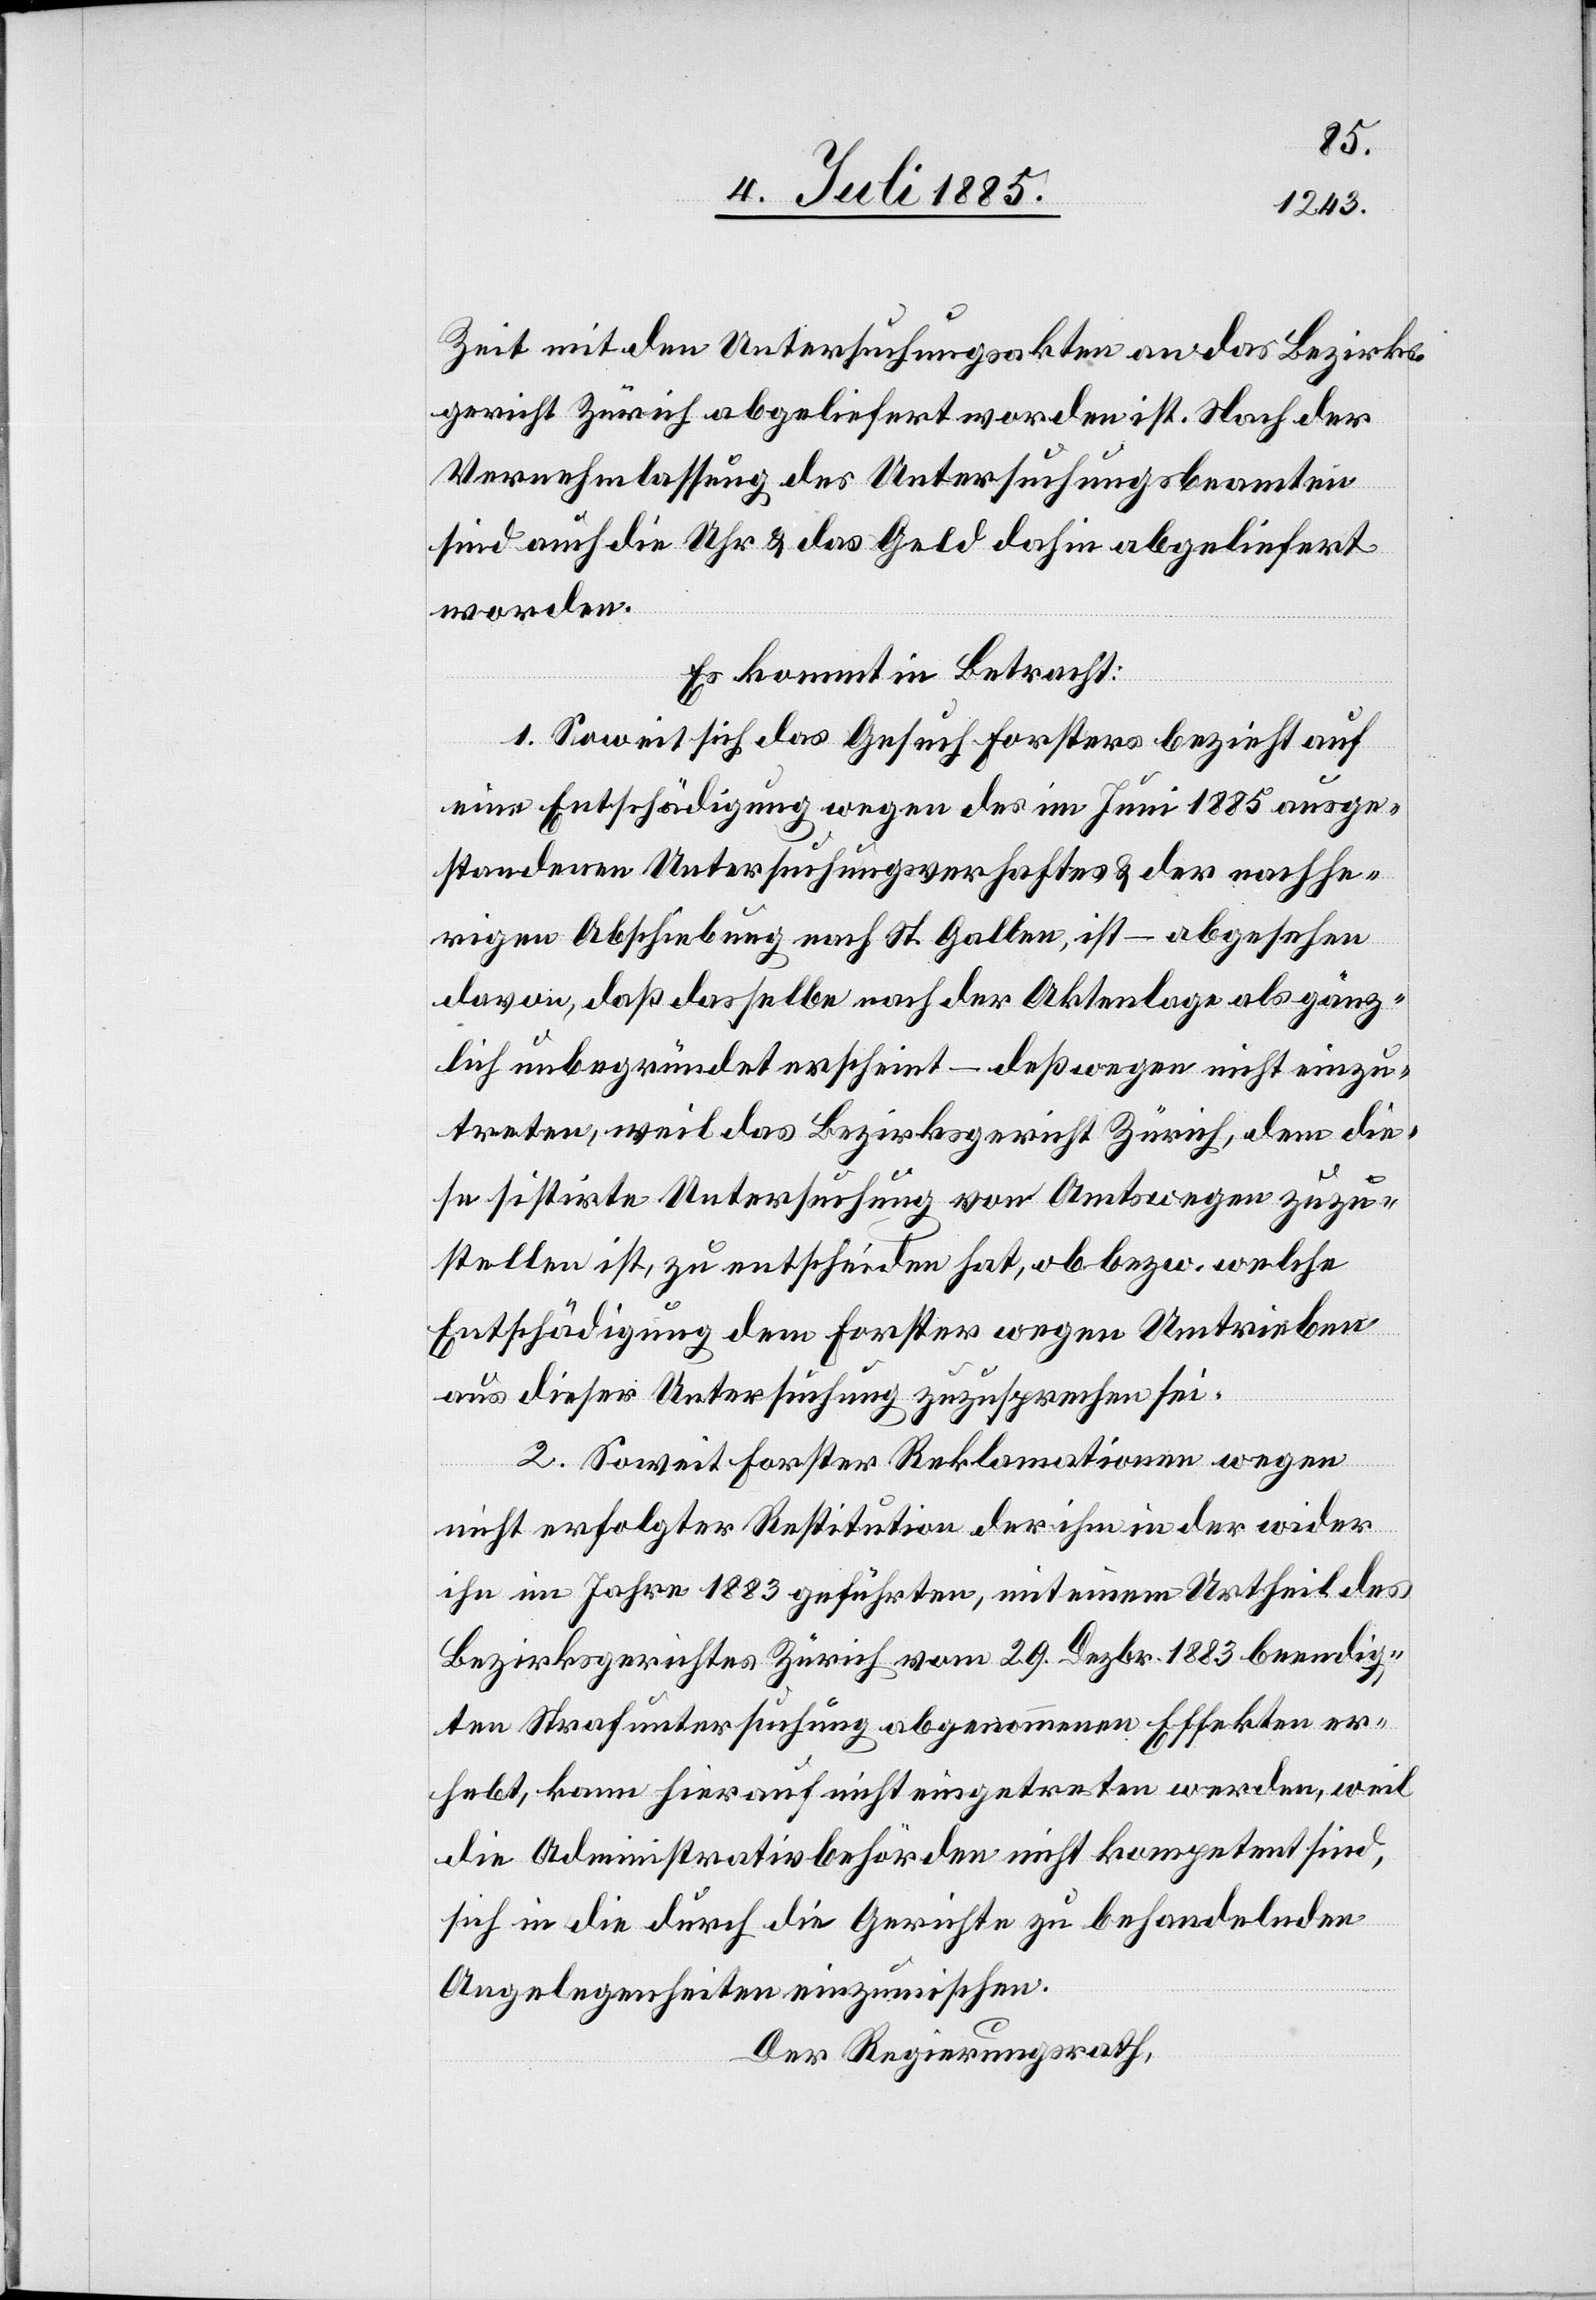
Zeit mit den Untersuchungsakten an das Bezirks¬
gericht Zürich abgeliefert worden ist. Nach der
Vernehmlassung des Untersuchungsbeamten
sind auch die Uhr & das Geld dahin abgeliefert
worden.
Es kommt in Betracht:
1. Soweit sich das Gesuch Forsters bezieht auf
eine Entschädigung wegen des im Juni 1885 ausge¬
standenen Untersuchungsverhaftes & der nachhe¬
rigen Abschiebung nach St. Gallen, ist – abgesehen
davon, daß dasselbe nach der Aktenlage als gänz¬
lich unbegründet erscheint – deßwegen nicht einzu¬
treten, weil das Bezirksgericht Zürich, dem die¬
se sistirte Untersuchung von Amtswegen zuzu¬
stellen ist, zu entscheiden hat, ob bezw. welche
Entschädigung dem Forster wegen Umtrieben
aus dieser Untersuchung zuzusprechen sei.
2. Soweit Forster Reklamationen wegen
nicht erfolgter Restitution der ihm in der wider
ihn im Jahre 1883 geführten, mit einem Urtheil des
Bezirksgerichtes Zürich vom 29. Dezbr. 1883 beendig¬
ten Strafuntersuchung abgenommenen Effekten er¬
hebt, kann hier auch nicht eingetreten werden, weil
die Administrativbehörden nicht kompetent sind,
sich in die durch die Gerichte zu behandelnden
Angelegenheiten einzumischen.
Der Regierungsrath,